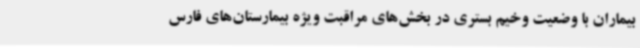
بیماران با وضعیت وخیم بستری در بخش‌های مراقبت ویژه بیمارستان‌های فارس